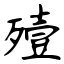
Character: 殪